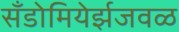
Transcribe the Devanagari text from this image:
सँडोमियेर्झजवळ